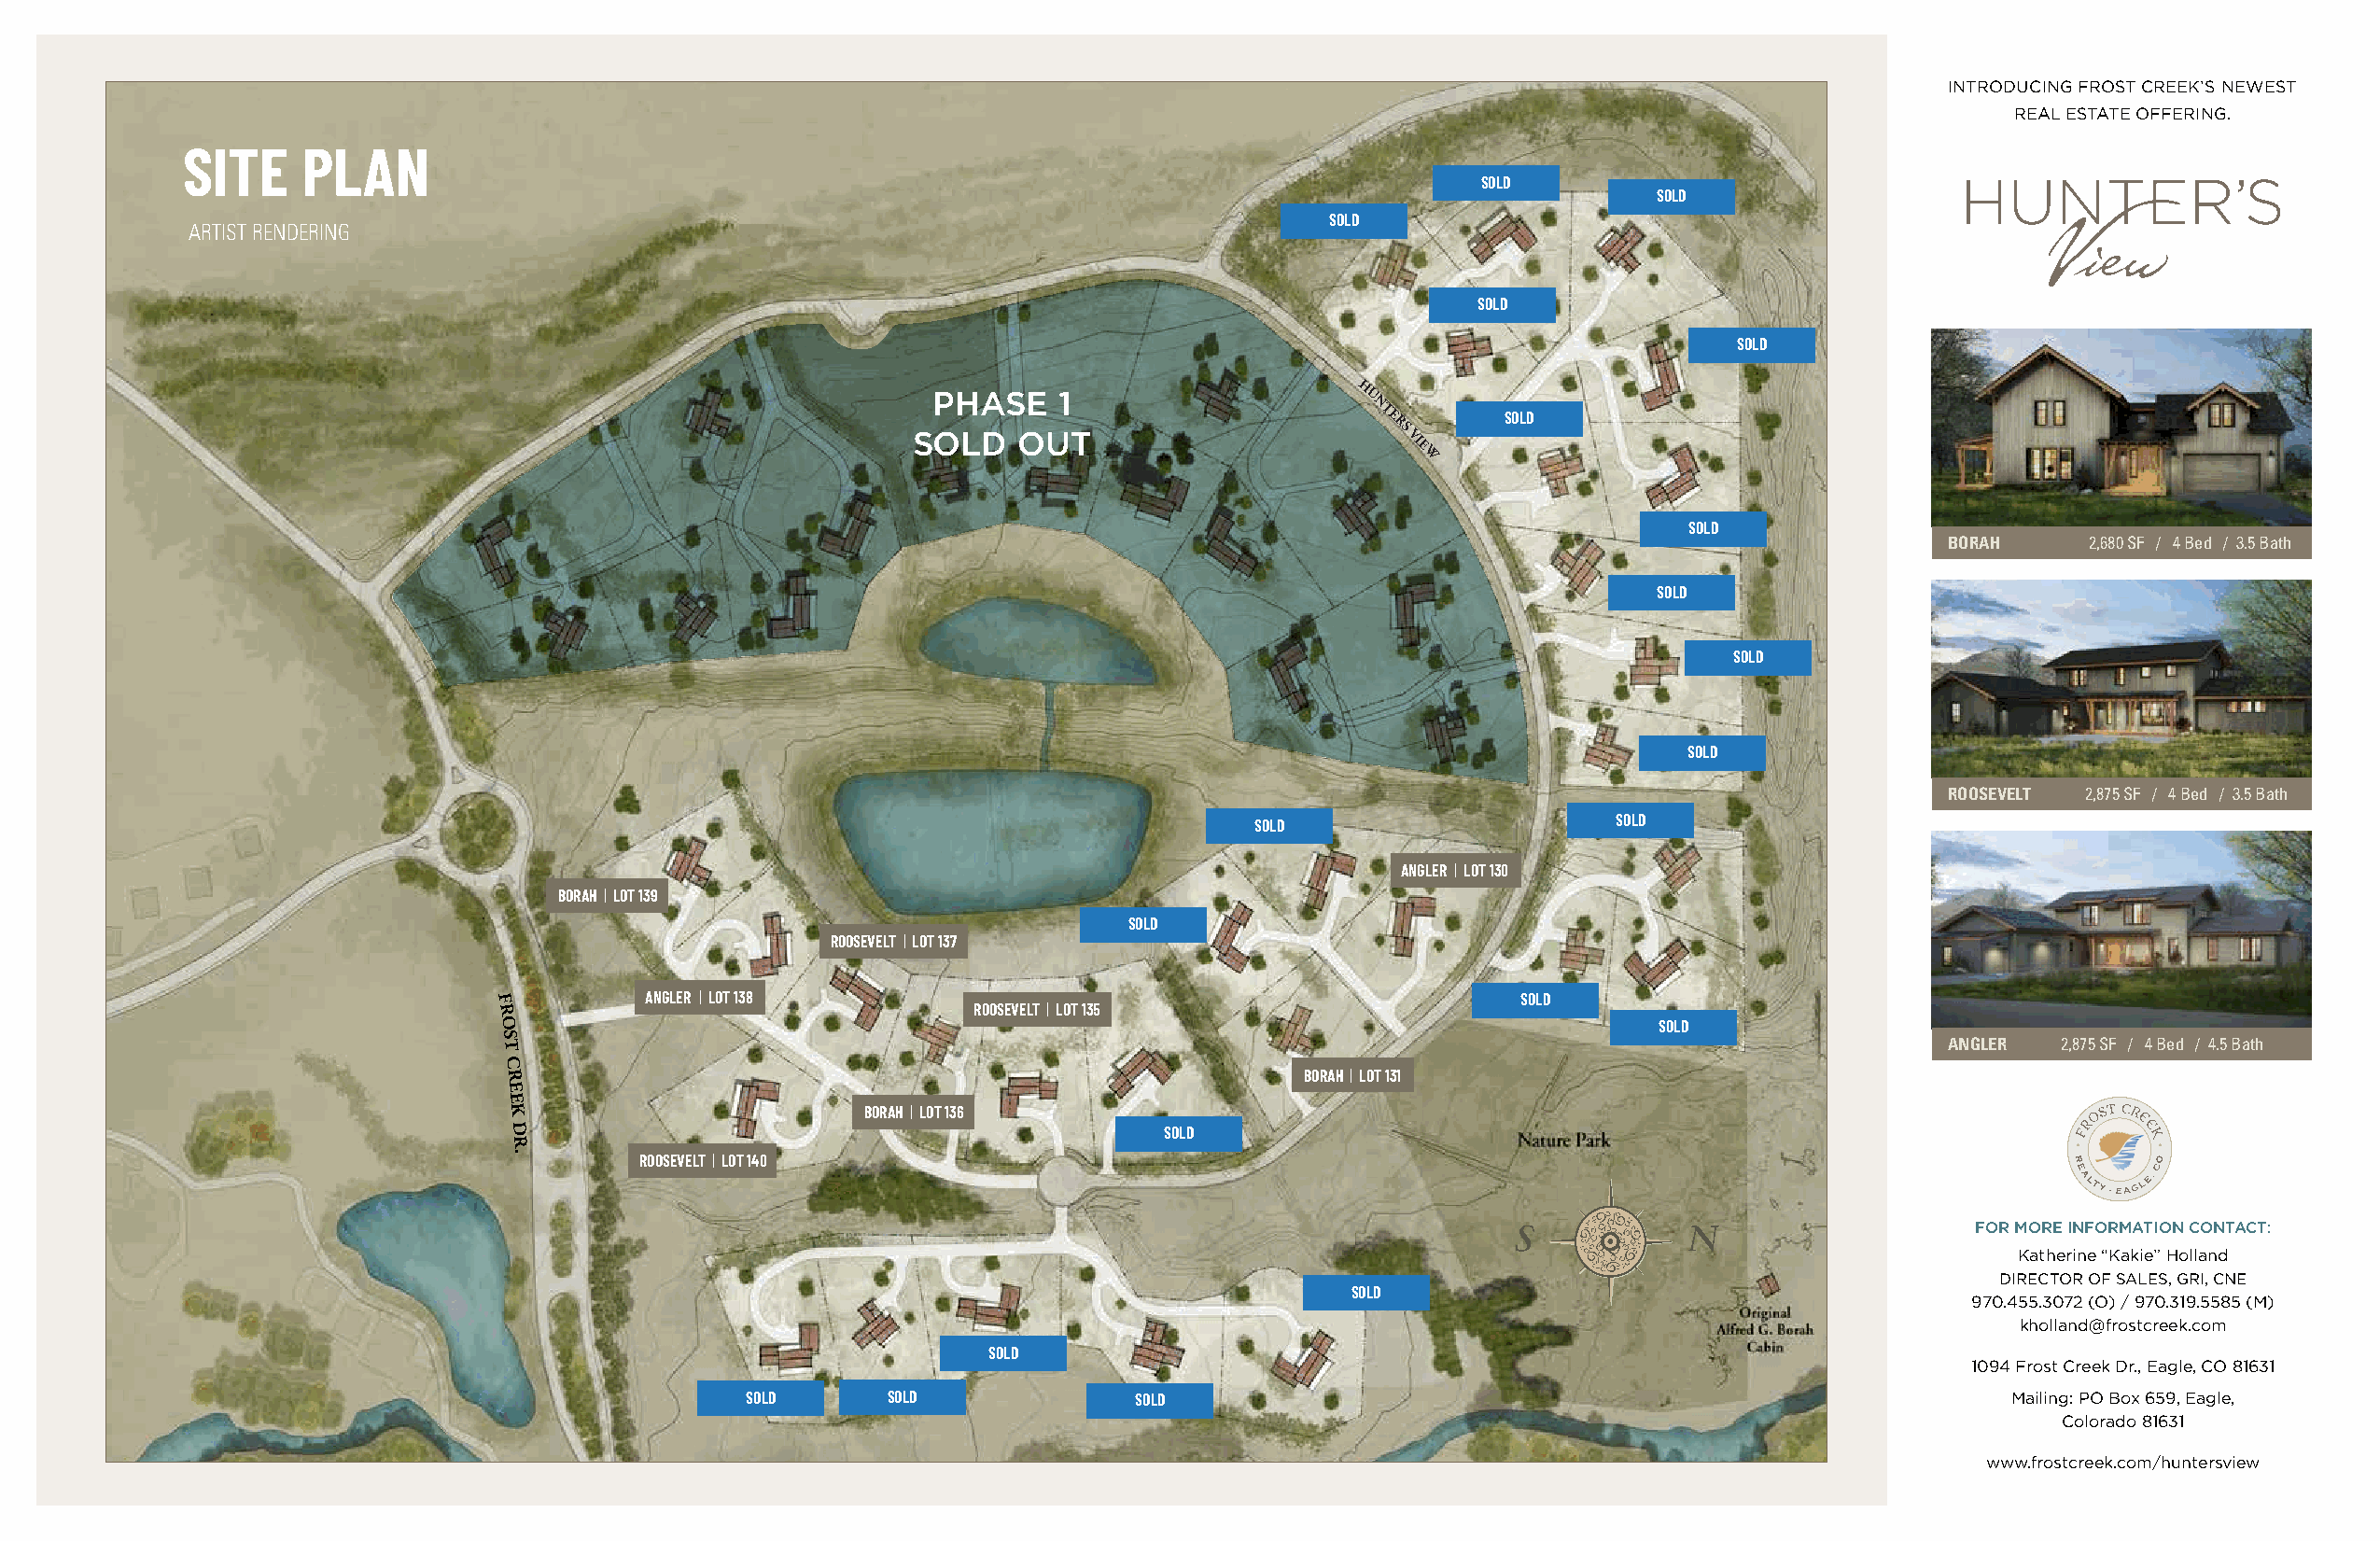
INTRODUCING FROST CREEK’S NEWEST
 REAL ESTATE OFFERING.
 SITE    PLAN
 SOLD
 SOLD
 SOLD
 ARTIST RENDERING
 SOLD
 SOLD
 PHASE    1                    H U
 N
 T E   BORAHS O | L LDOT 120
 SOLD   OUT
 RS
 VI
 E
 W
 S O LD
 BORAH     2,680 SF / 4 Bed / 3.5 Bath
 SOLD
 SOLD
 SOLD
 ROOSEVELT 2,875 SF / 4 Bed / 3.5 Bath
 SOLD                      SOLD
 ANGLER | LOT 130
 BORAH | LOT 139
 SOLD
 ROOSEVELT | LOT 137
 F          ANGLER | LOT 138                                              SOLD
 R                                 ROOSEVELT | LOT 135
 O                                                                                  SOLD
 S
 T                                                                                                      ANGLER  2,875 SF / 4 Bed / 4.5 Bath
 C
 R                                                        BORAH | LOT 131
 E
 E
 K                        BORAH | LOT 136
 D                                              SOLD
 R
 .        ROOSEVELT | LOT 140
 FOR MORE INFORMATION CONTACT:
 Katherine “Kakie” Holland
 DIRECTOR OF SALES, GRI, CNE
 SOLD
 970.455.3072 (O) / 970.319.5585 (M)
 kholland@frostcreek.com
 SOLD
 1094 Frost Creek Dr., Eagle, CO 81631
 SOLD      SOLD              SOLD                                                          Mailing: PO Box 659, Eagle,
 Colorado 81631
 www.frostcreek.com/huntersview